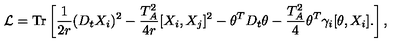
{ \cal L } = \mathrm { T r } \left[ \frac { 1 } { 2 r } ( D _ { t } X _ { i } ) ^ { 2 } - \frac { T _ { A } ^ { 2 } } { 4 r } [ X _ { i } , X _ { j } ] ^ { 2 } - \theta ^ { T } D _ { t } \theta - \frac { T _ { A } ^ { 2 } } { 4 } \theta ^ { T } \gamma _ { i } [ \theta , X _ { i } ] . \right] ,